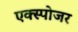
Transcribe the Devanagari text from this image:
एक्‍स्पोजर